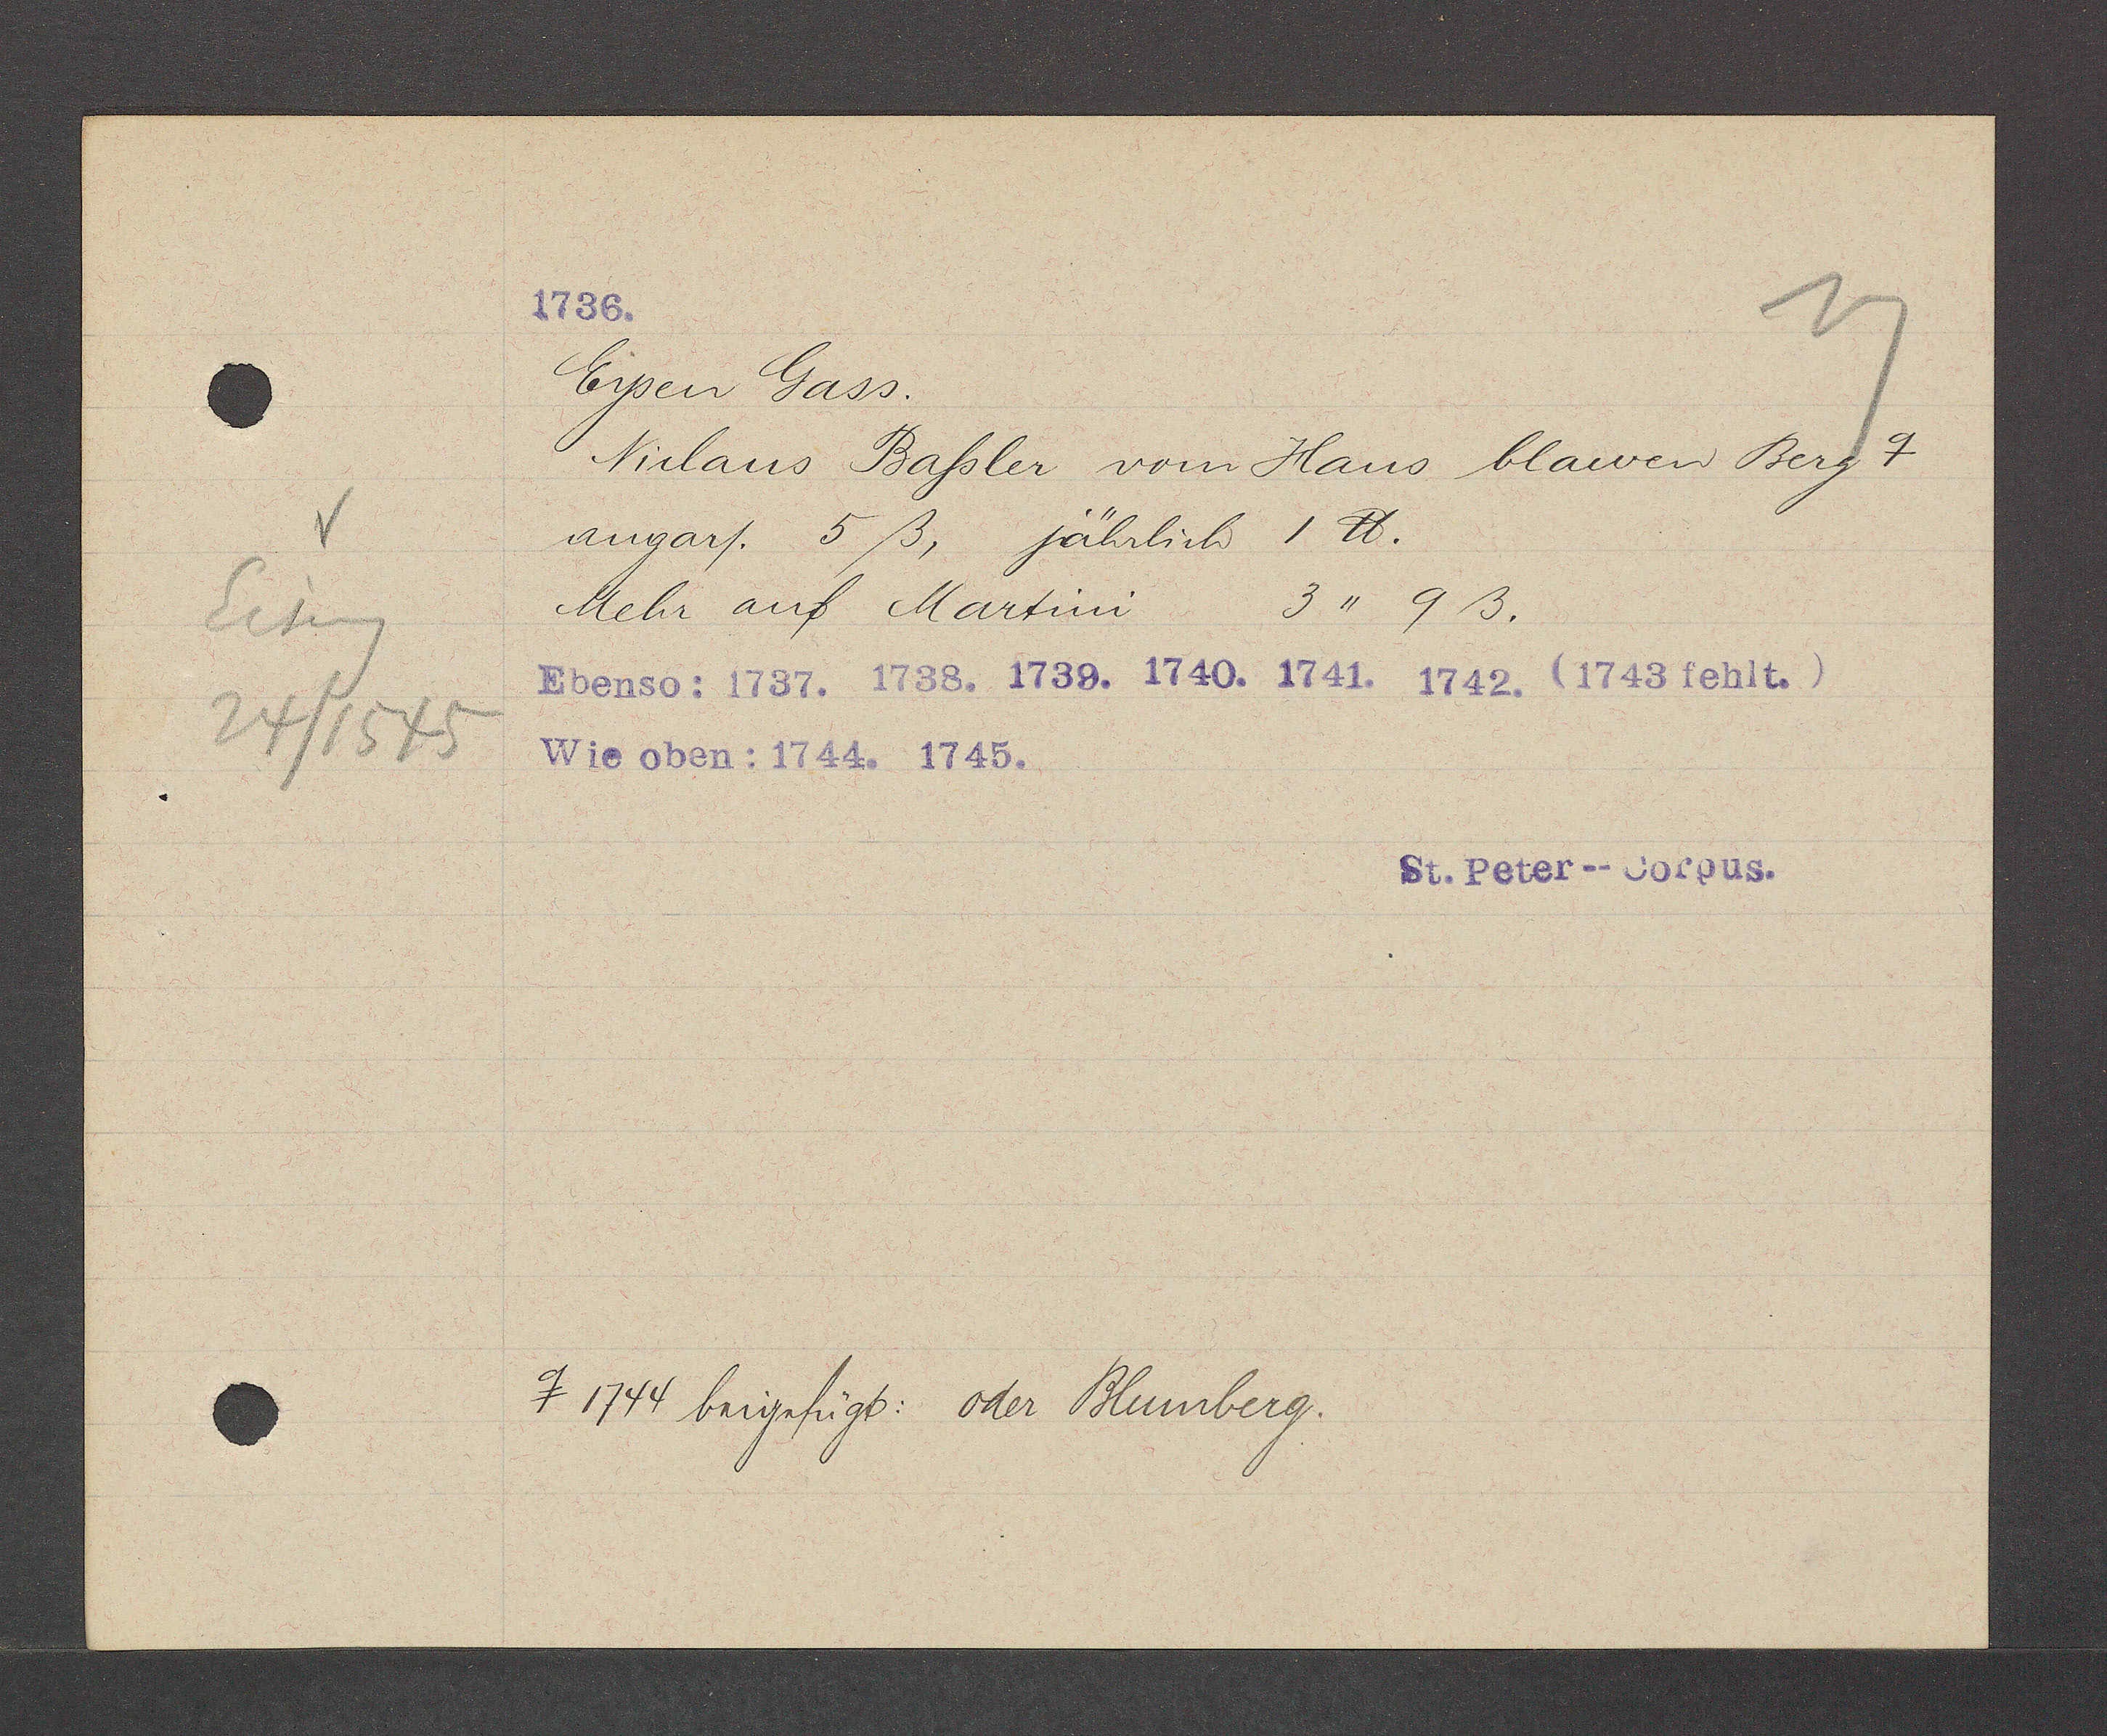
Transcript:
Eiseng
24/1545

Eysen Gass.
Niclaus Baßler vom Haus blawen Berg ɋ
angar/. 5 ß, jährlich 1 ℔.
3" 9ß.
Mehr auf Martini
ɋ 1744 beigefügt: oder Blumberg.